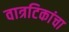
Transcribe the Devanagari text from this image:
वात्रटिकांचा